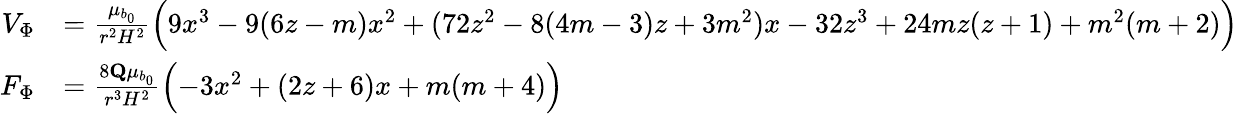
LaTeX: \begin{array}{rl}{V_{\Phi}}&{=\frac{\mu_{b_{0}}}{r^{2}H^{2}}\Bigl(9x^{3}-9(6z-m)x^{2}+(72z^{2}-8(4m-3)z+3m^{2})x-32z^{3}+24mz(z+1)+m^{2}(m+2)\Bigr)}\\ {F_{\Phi}}&{=\frac{8\mathbf{Q}\mu_{b_{0}}}{r^{3}H^{2}}\Bigl(-3x^{2}+(2z+6)x+m(m+4)\Bigr)}\end{array}